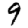
Digit: 9